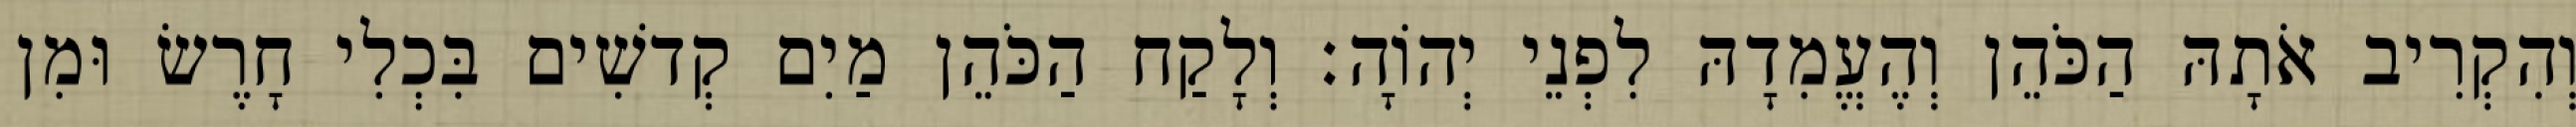
וְהִקְרִיב אֹתָהּ הַכֹּהֵן וְהֶעֱמִדָהּ לִפְנֵי יְהוָֹה׃ וְלָקַח הַכֹּהֵן מַיִם קְדשִׁים בִּכְלִי חָרֶשׂ וּמִן